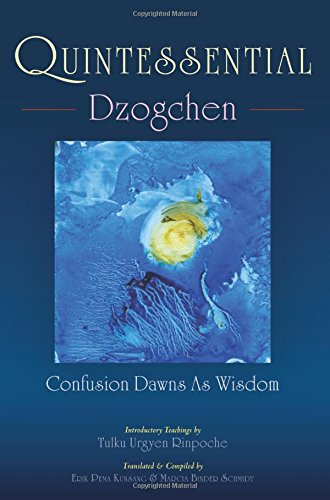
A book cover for Quintessential Dzogchen: Confusion Dawns as Wisdom; Tulku Urgyen Rinpoche; Religion & Spirituality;